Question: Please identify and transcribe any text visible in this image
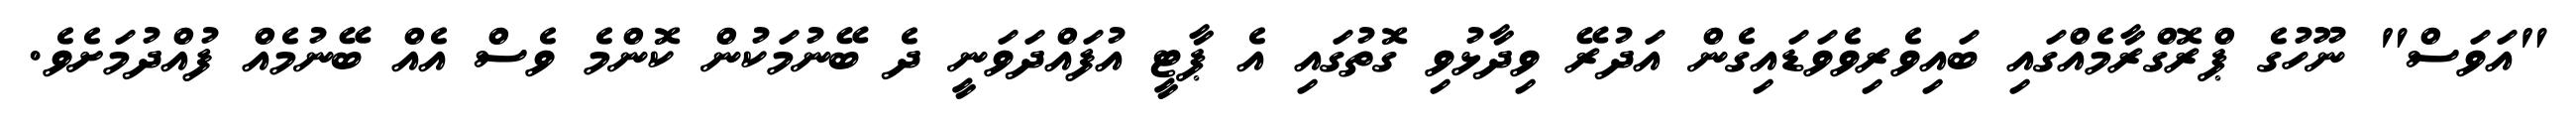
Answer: "އަވަސް" ނޫހުގެ ޕްރޮގްރާމެއްގައި ބައިވެރިވެވަޑައިގެން އަދުރޭ ވިދާޅުވި ގޮތުގައި އެ ޕާޓީ އުފައްދަވަނީ ދެ ބޭނުމަކުން ކޮންމެ ވެސް އެއް ބޭނުމެއް ފުއްދުމަށެވެ.